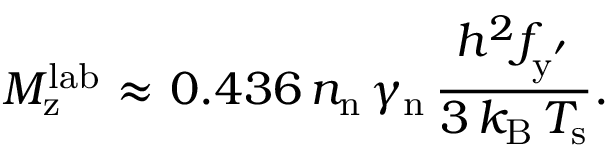
M _ { \mathrm { z } } ^ { \mathrm { l a b } } ~ { \approx } ~ 0 . 4 3 6 \, n _ { \mathrm { n } } \, \gamma _ { \mathrm { n } } \, \frac { h ^ { 2 } f _ { \mathrm { y ^ { ' } } } } { 3 \, k _ { \mathrm { B } } \, T _ { \mathrm { s } } } .